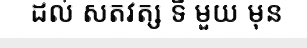
ដល់ សតវត្ស ទី មួយ មុន